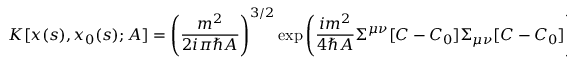
K [ x ( s ) , x _ { 0 } ( s ) ; A ] = \left( { \frac { m ^ { 2 } } { 2 i \pi \hbar A } } \right) ^ { 3 / 2 } \exp \left( { \frac { i m ^ { 2 } } { 4 \hbar A } } \Sigma ^ { \mu \nu } [ C - C _ { 0 } ] \Sigma _ { \mu \nu } [ C - C _ { 0 } ] \right) \ .